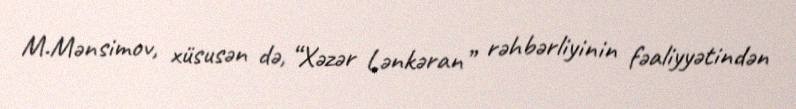
M.Mənsimov, xüsusən də, “Xəzər Lənkəran” rəhbərliyinin fəaliyyətindən